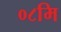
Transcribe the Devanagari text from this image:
०८मि